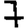
Digit: 7